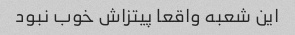
این شعبه واقعا پیتزاش خوب نبود